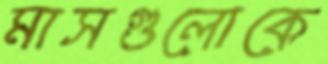
মাসগুলোকে